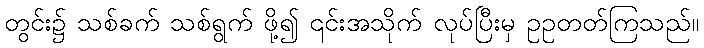
တွင်း၌ သစ်ခက် သစ်ရွက် ဖို့၍ ၎င်းအသိုက် လုပ်ပြီးမှ ဥဥတတ်ကြသည်။